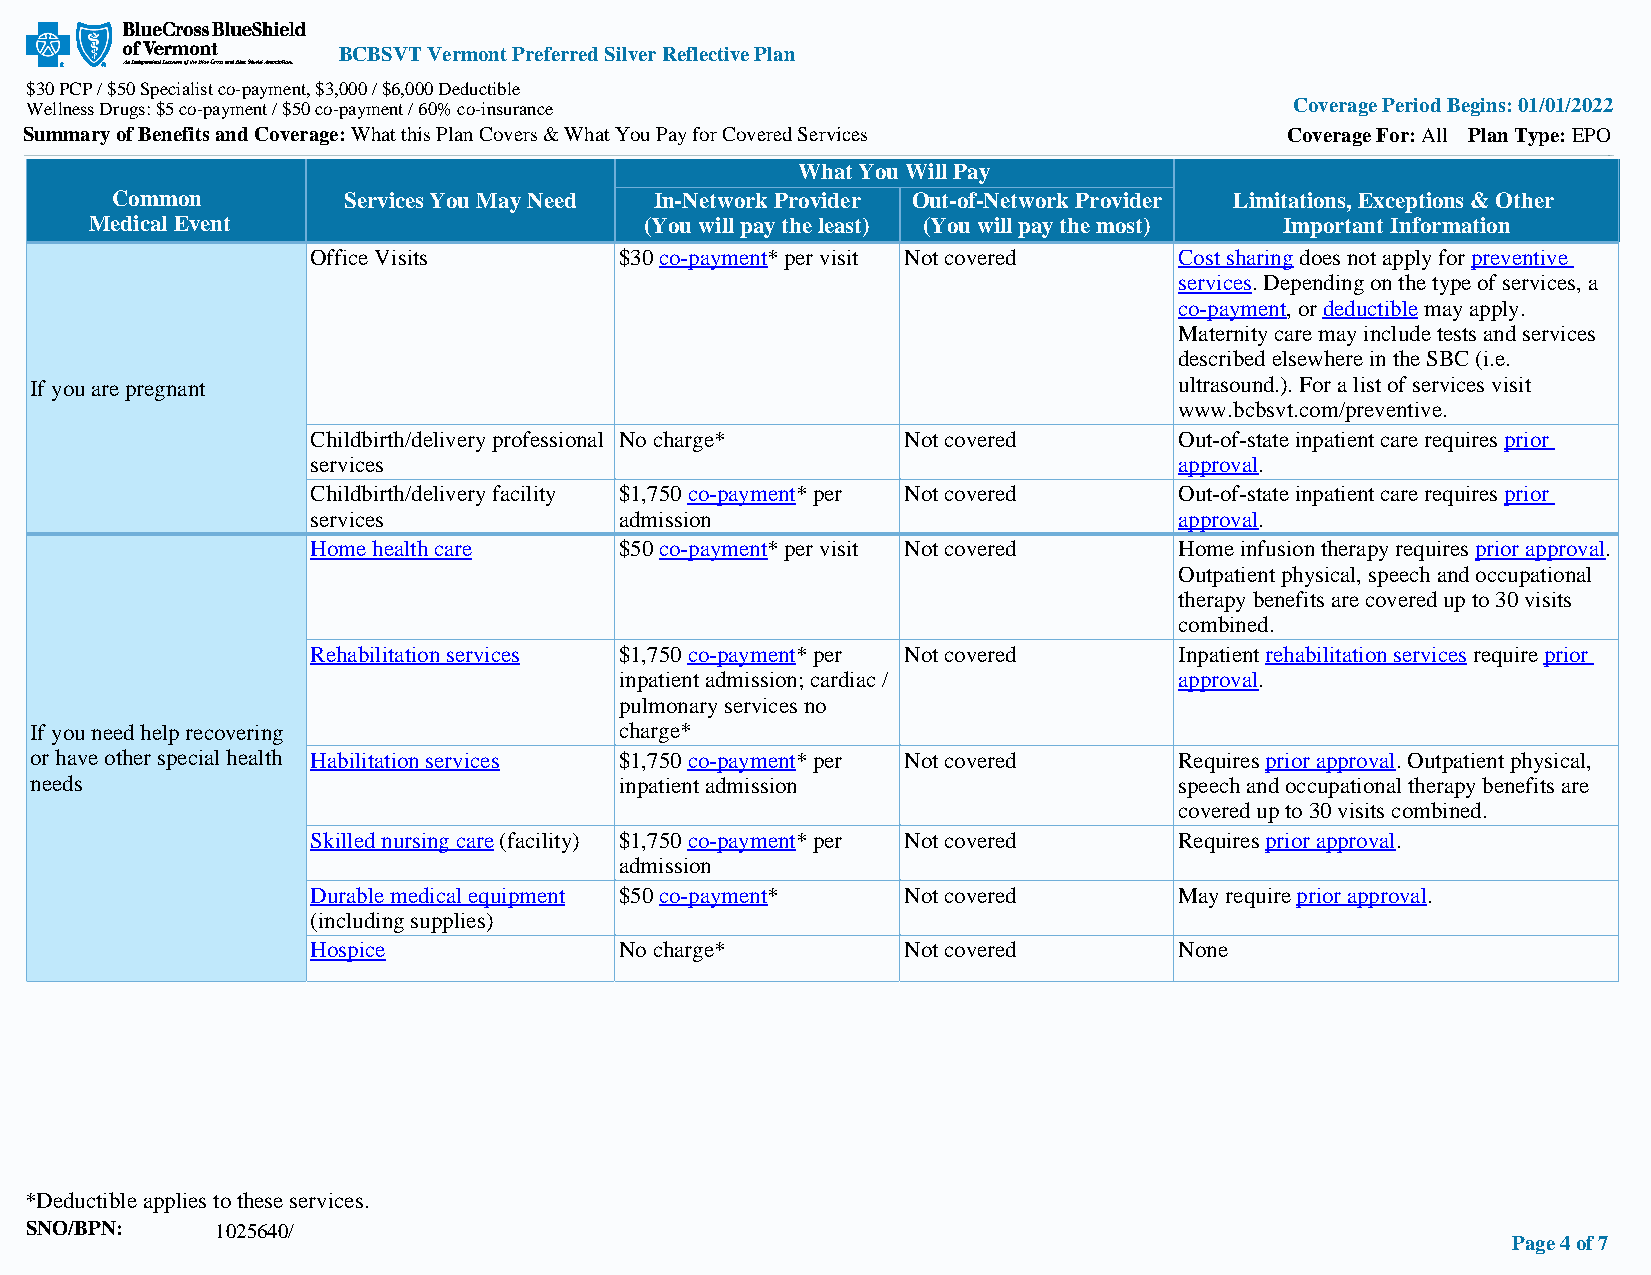
BCBSVT Vermont Preferred Silver Reflective Plan
 $30 PCP / $50 Specialist co-payment, $3,000 / $6,000 Deductible
 Wellness Drugs: $5 co-payment / $50 co-payment / 60% co-insurance                   Coverage Period Begins: 01/01/2022
 Summary of Benefits and Coverage: What this Plan Covers & What You Pay for Covered Services Coverage For: All Plan Type: EPO
 What You Will Pay
 Common          Services You May Need In-Network Provider Out-of-Network Provider Limitations, Exceptions & Other
 Medical Event                        (You will pay the least) (You will pay the most) Important Information
 Office Visits       $30 co-payment* per visit Not covered Cost sharing does not apply for preventive
 services. Depending on the type of services, a
 co-payment, or deductible may apply.
 Maternity care may include tests and services
 described elsewhere in the SBC (i.e.
 If you are pregnant                                                         ultrasound.). For a list of services visit
 www.bcbsvt.com/preventive.
 Childbirth/delivery professional No charge* Not covered  Out-of-state inpatient care requires prior
 services                                                 approval.
 Childbirth/delivery facility $1,750 co-payment* per Not covered Out-of-state inpatient care requires prior
 services            admission                            approval.
 Home health care    $50 co-payment* per visit Not covered Home infusion therapy requires prior approval.
 Outpatient physical, speech and occupational
 therapy benefits are covered up to 30 visits
 combined.
 Rehabilitation services $1,750 co-payment* per Not covered Inpatient rehabilitation services require prior
 inpatient admission; cardiac /       approval.
 pulmonary services no
 If you need help recovering            charge*
 or have other special health Habilitation services $1,750 co-payment* per Not covered Requires prior approval. Outpatient physical,
 needs                                  inpatient admission                  speech and occupational therapy benefits are
 covered up to 30 visits combined.
 Skilled nursing care (facility) $1,750 co-payment* per Not covered Requires prior approval.
 admission
 Durable medical equipment $50 co-payment* Not covered    May require prior approval.
 (including supplies)
 Hospice             No charge*         Not covered       None
 *Deductible applies to these services.
 SNO/BPN:    1025640/
 Page 4 of 7